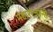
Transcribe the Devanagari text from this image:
महारांजांनी